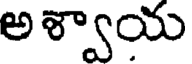
అళ్వాయ